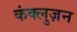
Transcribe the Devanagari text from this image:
कंक्लुज़न